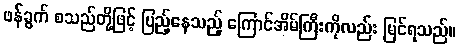
ဖန်ခွက် စသည်တို့ဖြင့် ပြည့်နေသည့် ကြောင်အိမ်ကြီးကိုလည်း မြင်ရသည်။